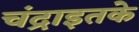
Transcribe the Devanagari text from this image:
चंद्राइतके